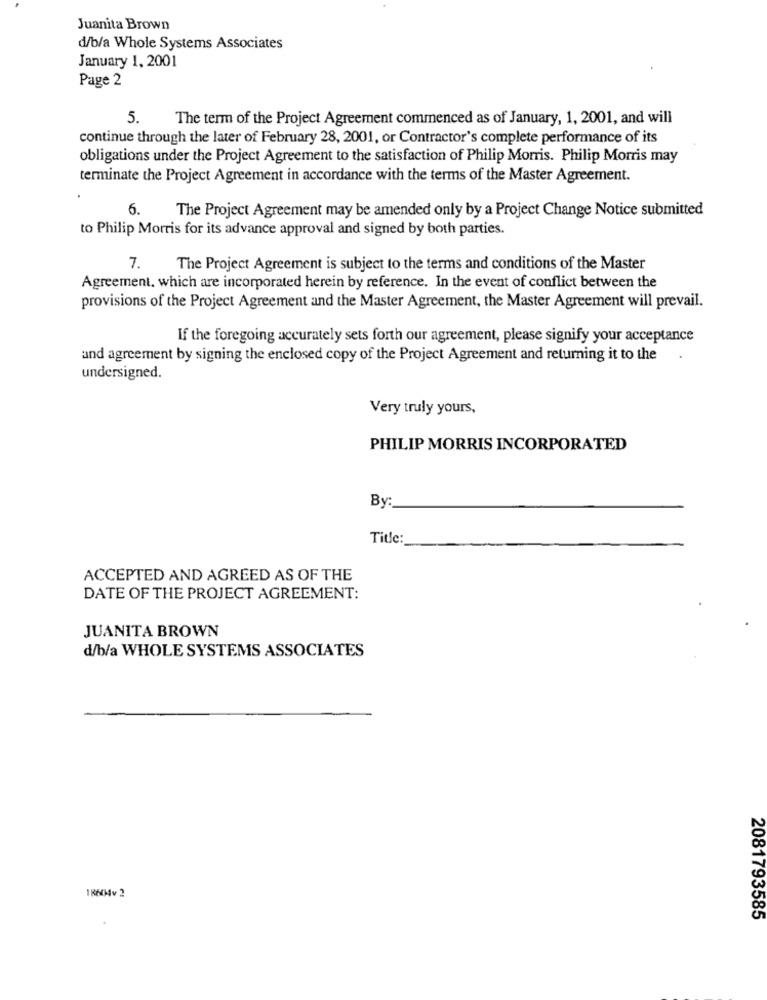
Juanita Brown
d/b/a Whole Systems Associates
January 1, 2001
Page 2
5.
The term of the Project Agreement commenced as of January, 1, 2001, and will
continue through the later of February 28, 2001, or Contractor's complete performance of its
obligations under the Project Agreement to the satisfaction of Philip Morris. Philip Morris may
terminate the Project Agreement in accordance with the terms of the Master Agreement.
6.
The Project Agreement may be amended only by a Project Change Notice submitted
to Philip Morris for its advance approval and signed by both parties.
7. 1
The Project Agreement is subject to the terms and conditions of the Master
Agreement, which are incorporated herein by reference. In the event of conflict between the
provisions of the Project Agreement and the Master Agreement, the Master Agreement will prevail.
If the foregoing accurately sets forth our agreement, please signify your acceptance
and agreement by signing the enclosed copy of the Project Agreement and returning it to the
undersigned.
Very truly yours,
PHILIP MORRIS INCORPORATED
By:
Title:
ACCEPTED AND AGREED AS OF THE
DATE OF THE PROJECT AGREEMENT:
JUANITA BROWN
d/b/a WHOLE SYSTEMS ASSOCIATES
2081793585